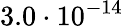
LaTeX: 3.0\cdot 10^{-14}